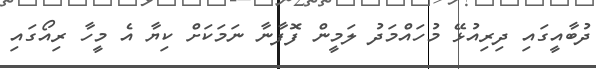
ދުބާއީގައި ދިރިއުޅޭ މުހައްމަދު ލަމީން ފޮފާނާ ނަމަކަށް ކިޔާ އެ މީހާ ރިއޯގައި